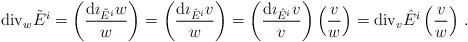
LaTeX: \begin{align*}\mathrm{div}_w\tilde{E}^i=\left(\frac{\mathrm{d}\imath_{\tilde{E}^i}w}{w} \right)=\left(\frac{\mathrm{d}\imath_{\hat{E}^i}v}{w}\right)=\left(\frac{\mathrm{d}\imath_{\hat{E}^i}v}{v}\right)\left(\frac{v}{w}\right)=\mathrm{div}_v\hat{E}^i\left(\frac{v}{w}\right)\,. \end{align*}